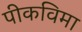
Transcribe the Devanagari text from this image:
पीकविमा